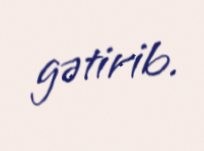
gətirib.